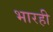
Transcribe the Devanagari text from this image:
भारही